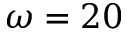
\omega = 2 0